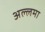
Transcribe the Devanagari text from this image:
अल्‍लमा